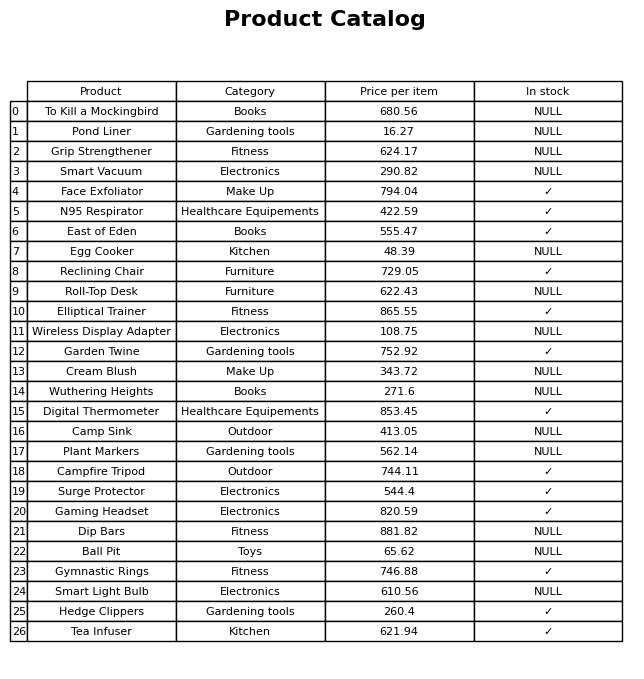
question: What is the price for Plant Markers?
answer: The price of Plant Markers is 562.14.